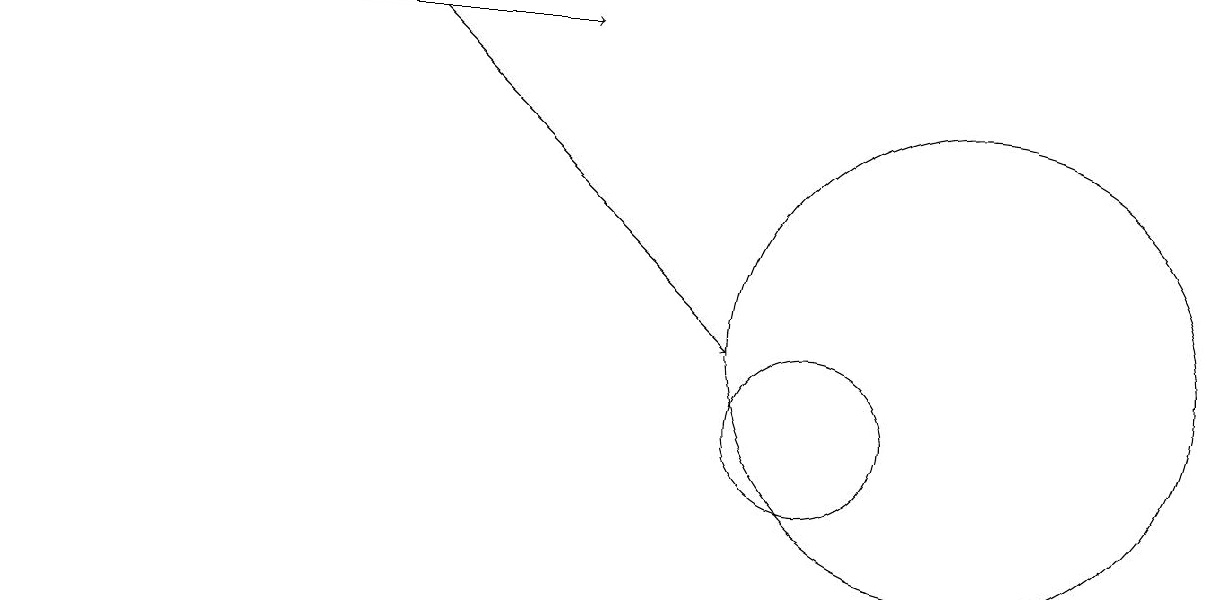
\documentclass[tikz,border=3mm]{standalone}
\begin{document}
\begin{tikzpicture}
\draw[->] (5,15) -- (9,11);
\draw (10,10) circle (1);
\draw[->] (0,15) -- (7,15);
\draw (12,11) circle (3);
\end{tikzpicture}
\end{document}